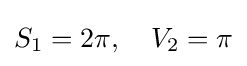
S_{1}=2\pi ,\quad V_{2}=\pi